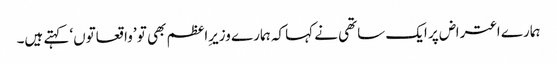
ہمارے اعتراض پر ایک ساتھی نے کہا کہ ہمارے وزیرِاعظم بھی تو ’واقعاتوں‘ کہتے ہیں۔